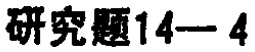
研究题14—4